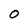
Character: 0